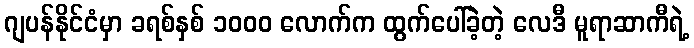
ဂျပန်နိုင်ငံမှာ ခရစ်နှစ် ၁၀၀၀ လောက်က ထွက်ပေါ်ခဲ့တဲ့ လေဒီ မူရာဆာကီရဲ့